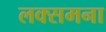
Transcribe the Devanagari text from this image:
लक्समना